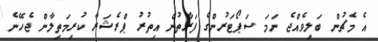
އެ މެޗުން ބަލިވެއްޖެ ނަމަ ސަޕޯޓަރުންގެ ފަރާތުން އިތުރު ޕްރެޝަރާ ކުރިމަތިލާން ޖެހޭނެ